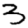
Digit: 3